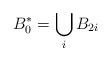
LaTeX: \begin{align*}B^*_0 = \bigcup\limits_{i} B_{2i}\end{align*}